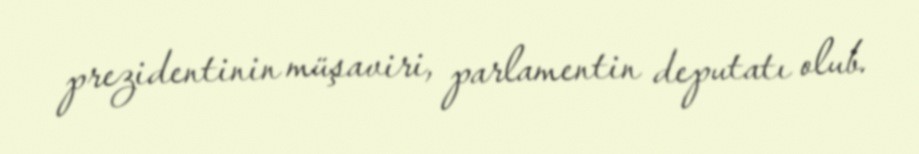
prezidentinin müşaviri, parlamentin deputatı olub.